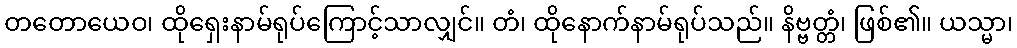
တတောယေဝ၊ ထိုရှေးနာမ်ရုပ်ကြောင့်သာလျှင်။ တံ၊ ထိုနောက်နာမ်ရုပ်သည်။ နိဗ္ဗတ္တံ၊ ဖြစ်၏။ ယသ္မာ၊